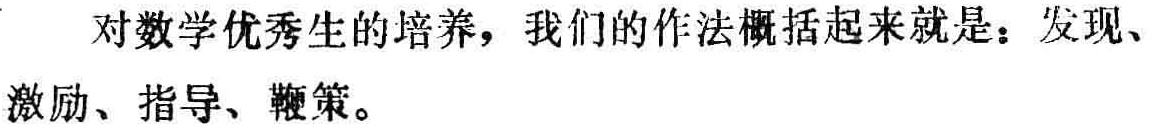
对数学优秀生的培养，我们的作法概括起来就是：发现、激励、指导、鞭策。